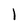
Character: I